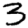
Digit: 3